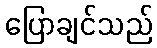
ပြောချင်သည်